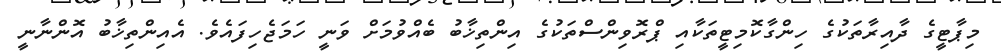
މިޕާޓީގެ ދާއިރާތަކުގެ ހިންގާކޮމިޓީތަކާއި ޕްރޮވިންސްތަކުގެ އިންތިޚާބު ބެއްވުމަށް ވަނީ ހަމަޖެހިފައެވެ. އެއިންތިޚާބު އޮންނާނީ